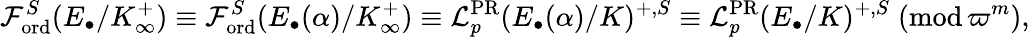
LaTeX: \mathcal{F}_{\mathrm{ord}}^{S}(E_{\bullet}/K_{\infty}^{+})\equiv\mathcal{F}_{\mathrm{ord}}^{S}(E_{\bullet}(\alpha)/K_{\infty}^{+})\equiv\mathcal{L}_{p}^{\mathrm{PR}}(E_{\bullet}(\alpha)/K)^{+,S}\equiv\mathcal{L}_{p}^{\mathrm{PR}}(E_{\bullet}/K)^{+,S}\; (\mathrm{mod}\, \varpi^{m}),